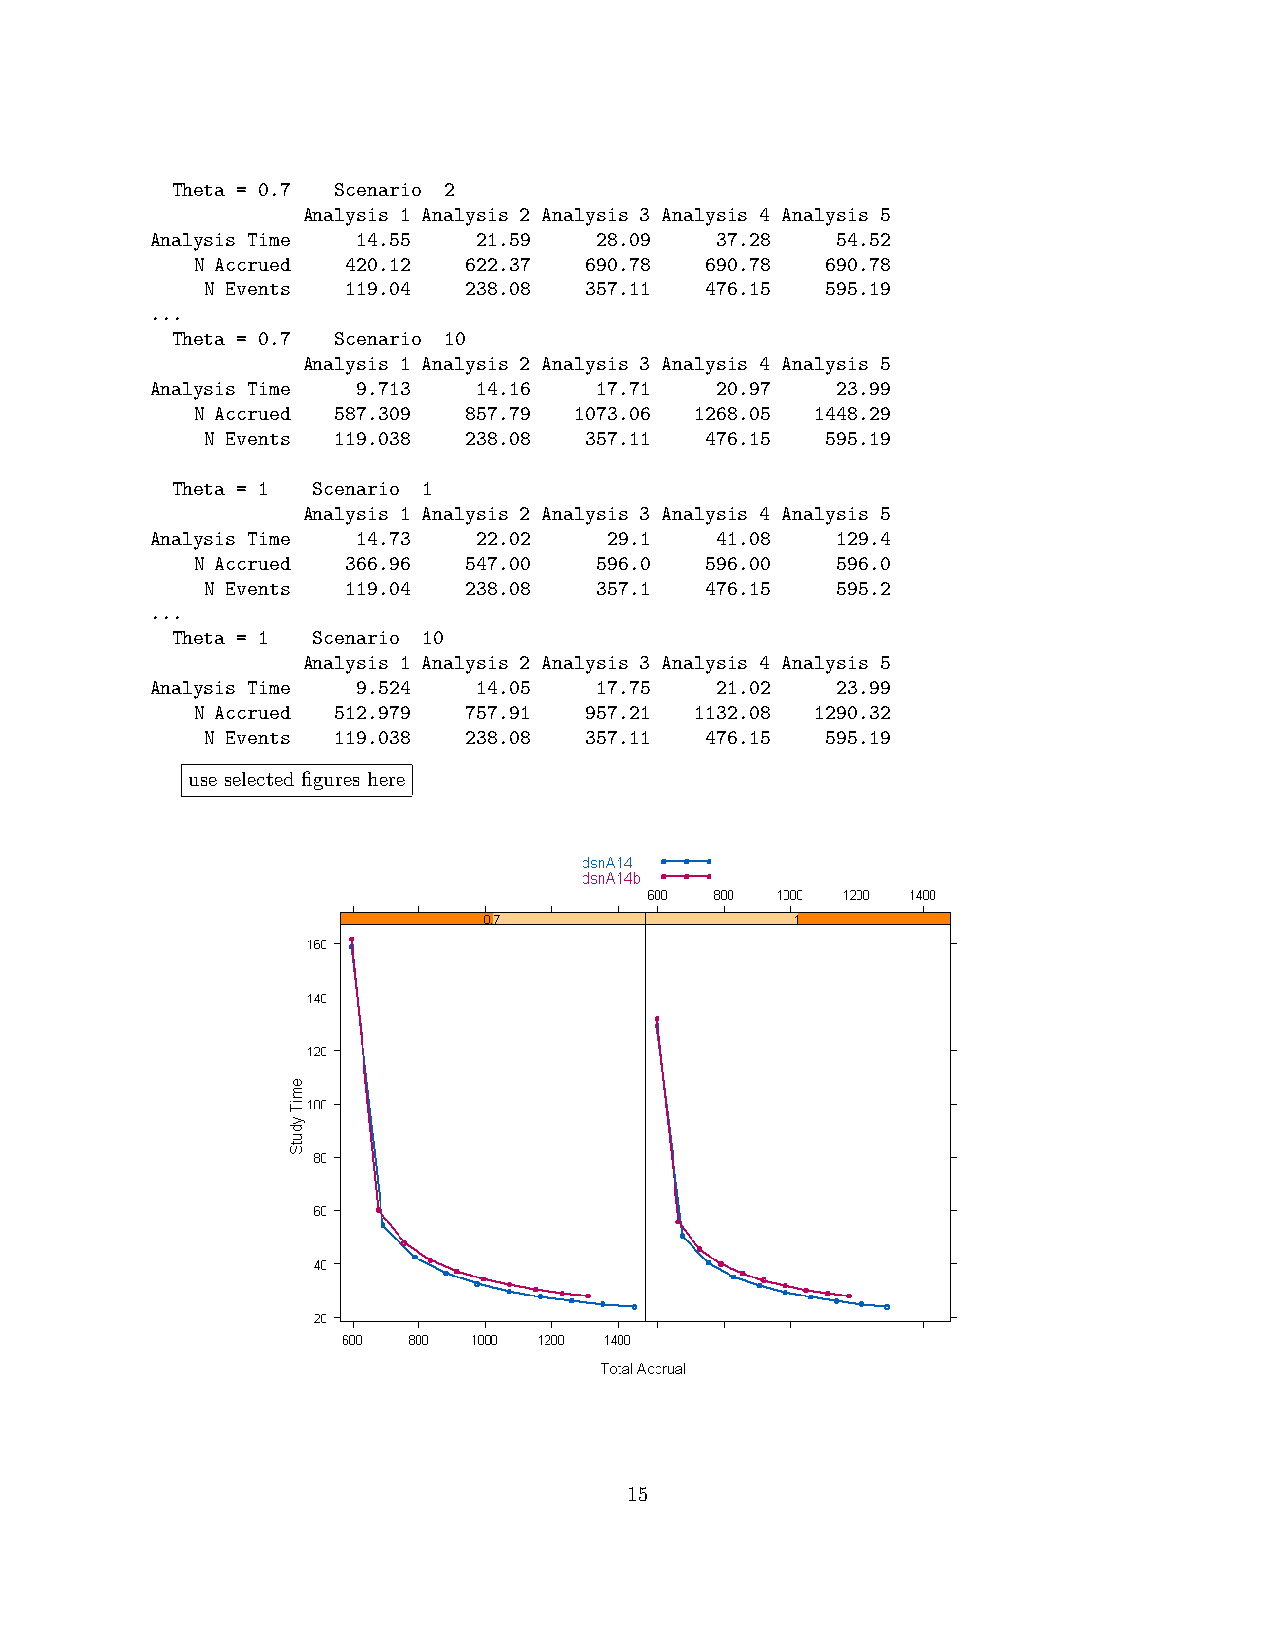
Theta = 0.7 Scenario 2
 Analysis 1 Analysis 2 Analysis 3 Analysis 4 Analysis 5
 Analysis Time 14.55   21.59   28.09  37.28   54.52
 N Accrued 420.12  622.37  690.78  690.78  690.78
 N Events 119.04  238.08  357.11  476.15  595.19
 ...
 Theta = 0.7 Scenario 10
 Analysis 1 Analysis 2 Analysis 3 Analysis 4 Analysis 5
 Analysis Time 9.713   14.16   17.71  20.97   23.99
 N Accrued 587.309 857.79 1073.06 1268.05 1448.29
 N Events 119.038 238.08  357.11  476.15  595.19
 Theta = 1 Scenario 1
 Analysis 1 Analysis 2 Analysis 3 Analysis 4 Analysis 5
 Analysis Time 14.73   22.02   29.1   41.08   129.4
 N Accrued 366.96  547.00   596.0  596.00  596.0
 N Events 119.04  238.08   357.1  476.15  595.2
 ...
 Theta = 1 Scenario 10
 Analysis 1 Analysis 2 Analysis 3 Analysis 4 Analysis 5
 Analysis Time 9.524   14.05   17.75  21.02   23.99
 N Accrued 512.979 757.91  957.21 1132.08 1290.32
 N Events 119.038 238.08  357.11  476.15  595.19
 use selected figures here
 15